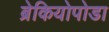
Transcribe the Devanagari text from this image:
ब्रेकियोपोडा